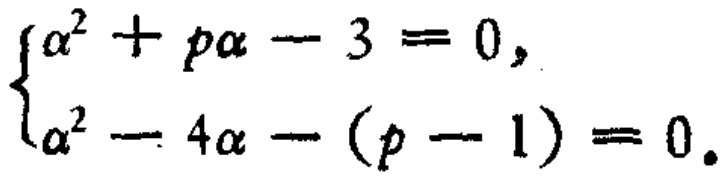
$\begin{cases}
\alpha^{2}+p\alpha - 3 = 0,\\
\alpha^{2}-4\alpha-(p - 1)=0.
\end{cases}$